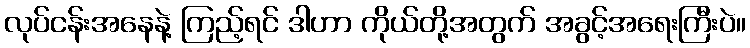
လုပ်ငန်းအနေနဲ့ ကြည့်ရင် ဒါဟာ ကိုယ်တို့အတွက် အခွင့်အရေးကြီးပဲ။